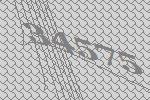
34575